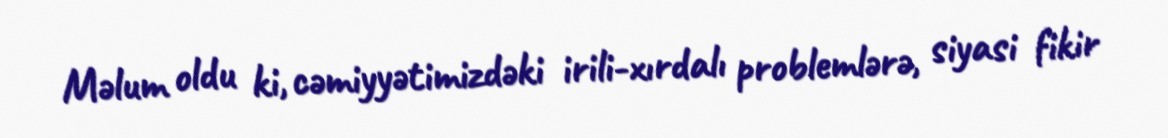
Məlum oldu ki, cəmiyyətimizdəki irili-xırdalı problemlərə, siyasi fikir